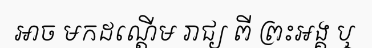
អាច មកដណ្តើម រាជ្យ ពី ព្រះអង្គ ឬ